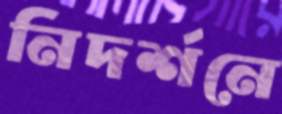
নিদর্শনে